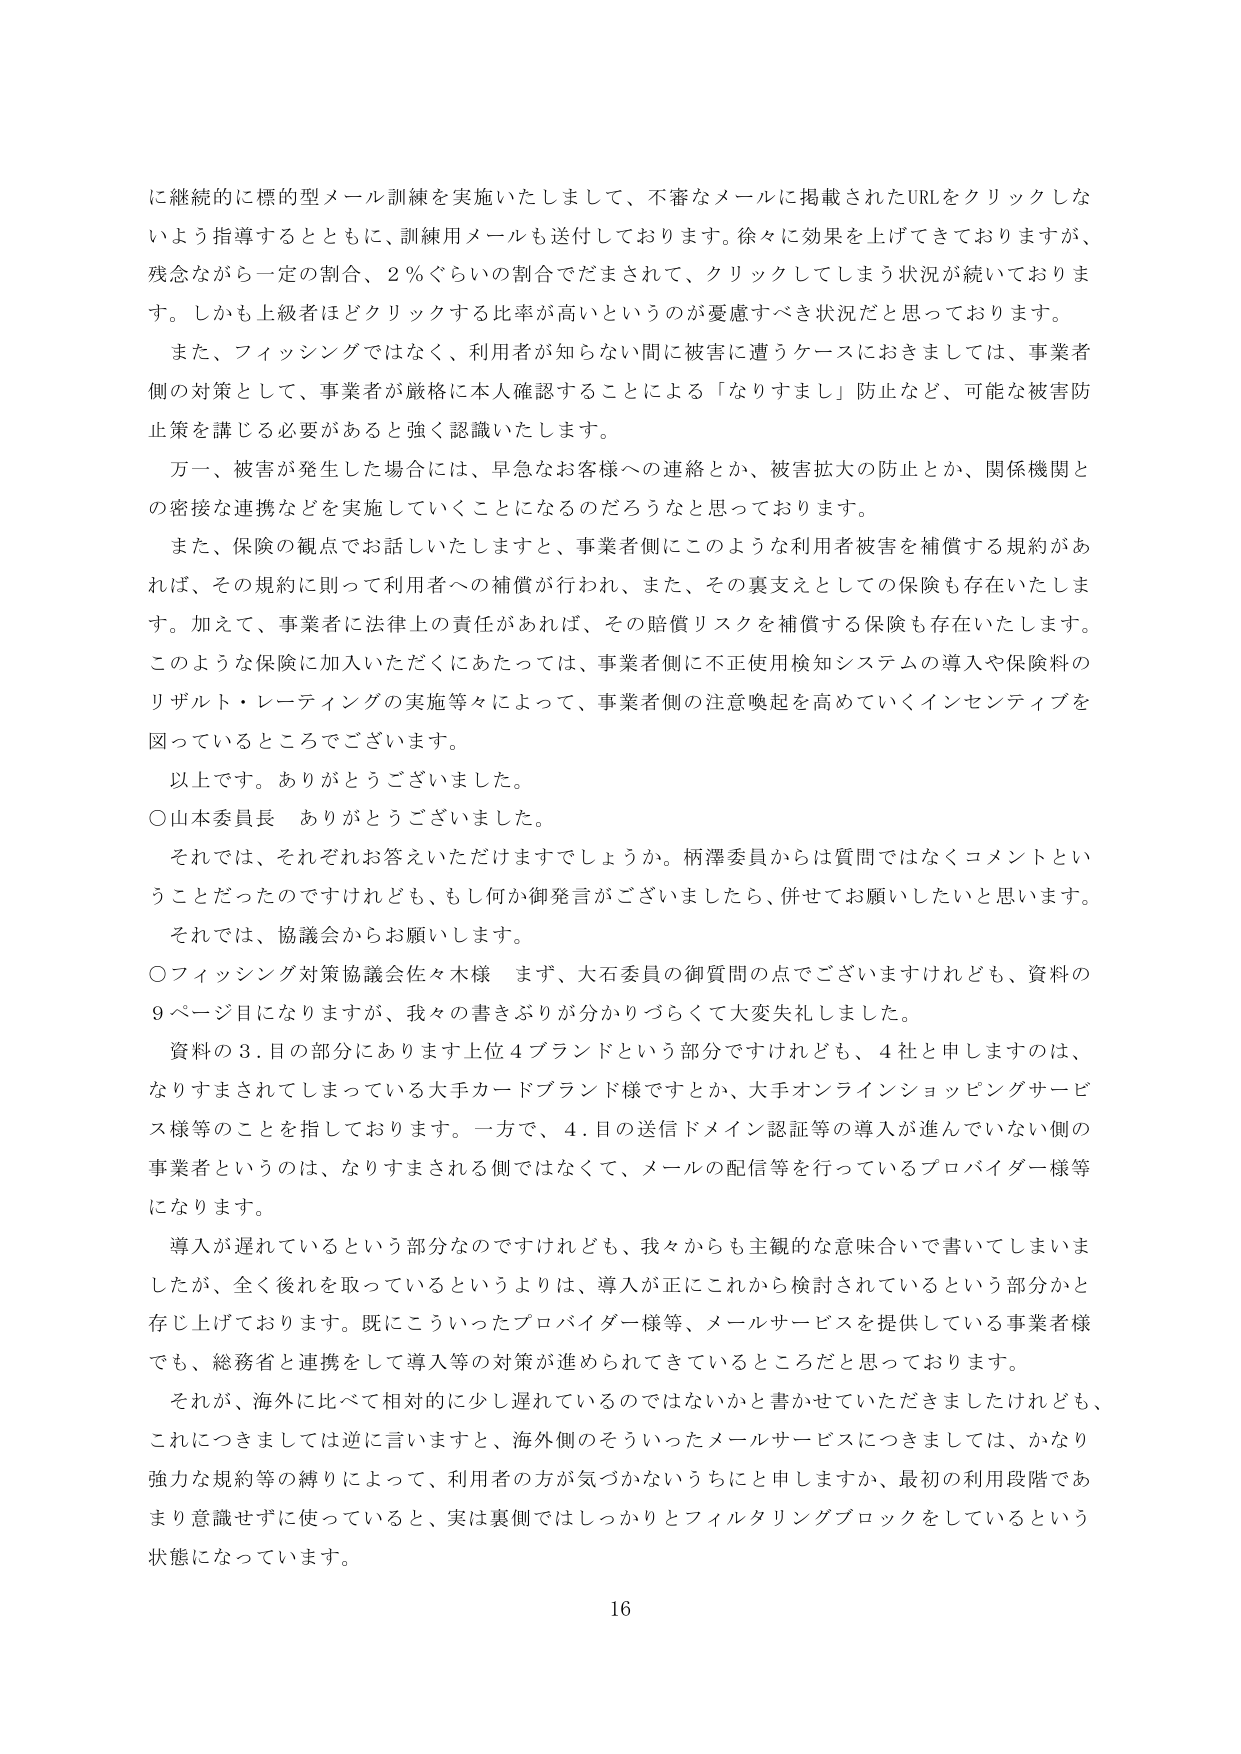
に継続的に標的型メール訓練を実施いたしまして、不審なメールに掲載されたURLをクリックしないよう指導するとともに、訓練用メールも送付しております。徐々に効果を上げてきておりますが、残念ながら一定の割合、2％ぐらいの割合でだまされて、クリックしてしまう状況が続いております。しかも上級者ほどクリックする比率が高いというのが憂慮すべき状況だと思っております。

また、フィッシングではなく、利用者が知らない間に被害に遭うケースにおきましては、事業者側の対策として、事業者が厳格に本人確認することによる「なりすまし」防止など、可能な被害防止策を講じる必要があると強く認識いたします。

万一、被害が発生した場合には、早急なお客様への連絡とか、被害拡大の防止とか、関係機関との密接な連携などを実施していくことになるのだろうなと思っております。

また、保険の観点でお話しいたしますと、事業者側にこのような利用者被害を補償する規約があれば、その規約に則って利用者への補償が行われ、また、その裏支えとしての保険も存在いたします。加えて、事業者に法律上の責任があれば、その賠償リスクを補償する保険も存在いたします。このような保険に加入いただくにあたっては、事業者側に不正使用検知システムの導入や保険料のリザルト・レーティングの実施等々によって、事業者側の注意喚起を高めていくインセンティブを図っているところでございます。

以上です。ありがとうございました。

○山本委員長　ありがとうございました。

それでは、それぞれお答えいただけますでしょうか。柄澤委員からは質問ではなくコメントということだったのですけれども、もし何か御発言がございましたら、併せてお願いしたいと思います。それでは、協議会からお願いします。

○フィッシング対策協議会佐々木様　まず、大石委員の御質問の点でございますけれども、資料の9ページ目になりますが、我々の書きぶりが分かりづらくて大変失礼しました。

資料の3.目の部分にあります上位4ブランドという部分ですけれども、4社と申しますのは、なりすまされてしまっている大手カードブランド様ですとか、大手オンラインショッピングサービス様等のことを指しております。一方で、4.目の送信ドメイン認証等の導入が進んでいない側の事業者というのは、なりすまされる側ではなくて、メールの配信等を行っているプロバイダー様等になります。

導入が遅れているという部分なのですけれども、我々からも主観的な意味合いで書いてしまいましたが、全く後れを取っているというよりは、導入が正にこれから検討されているという部分かと存じ上げております。既にこういったプロバイダー様等、メールサービスを提供している事業者様でも、総務省と連携をして導入等の対策が進められてきているところだと思っております。

それが、海外に比べて相対的に少し遅れているのではないかと書かせていただきましたけれども、これにつきましては逆に言いますと、海外側のそういったメールサービスにつきましては、かなり強力な規約等の縛りによって、利用者の方が気づかないうちにと申しますか、最初の利用段階であまり意識せずに使っていると、実は裏側ではしっかりとフィルタリングブロックをしているという状態になっています。

16